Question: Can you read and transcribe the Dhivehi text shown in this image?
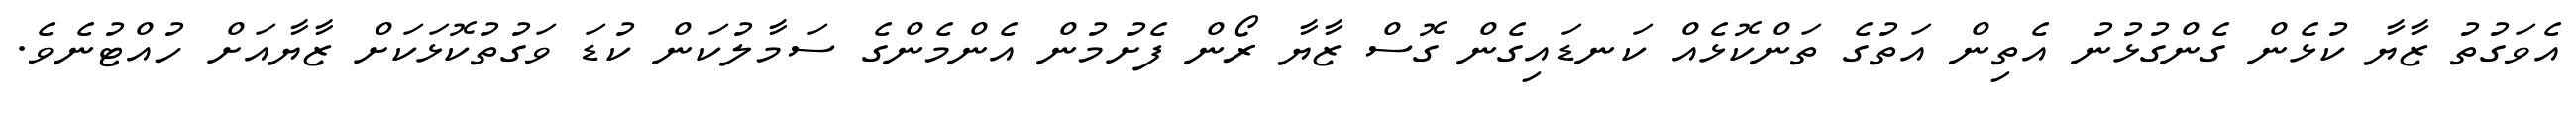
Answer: އެވަގުތު ޒާޔާ ކުޅެން ގެންގުޅުނު އެތިން އަތުގެ ތަންކޮޅެއް ކަނޑައިގެން ގޮސް ޒާޔާ ރޯން ފެށުމުން އެންމެންގެ ސަމާލުކަން ކުޑަ ވަގުތުކޮޅަކަށް ޒާޔާއަށް ހުއްޓުނެވެ.